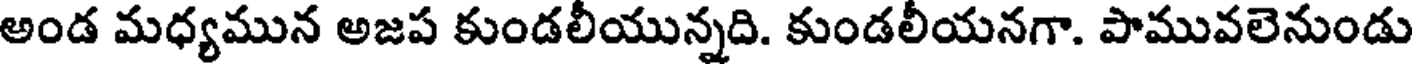
అండ మధ్యమున అజప కుండలీయున్నది. కుండలీయనగా. పామువలెనుండు